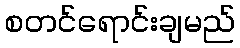
စတင်ရောင်းချမည်